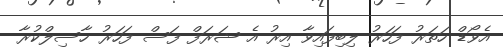
އެވޯޑް ހަތަރު ފަހަރު ލިބިފައިވާ އިރު އެ ޝަރަފް ފަސް ފަހަރު ހާސިލްކުރާ